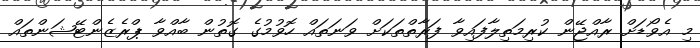
މި އެވޯޑަށް ރާއްޖޭން ކުރިމަތިލާފައިވާ ފަރާތްތަކަށް ވަނަތައް ހޮވުމުގެ ގޮތުން ބާއްވާ ޕްރެޒެންޓޭޝަންތައް